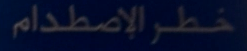
خطرالاصطدام